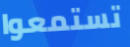
تستمعوا